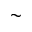
\sim